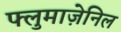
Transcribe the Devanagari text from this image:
फ्लुमाज़ेनिल